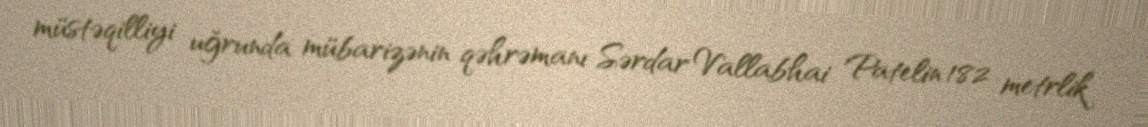
müstəqilliyi uğrunda mübarizənin qəhrəmanı Sərdar Vallabhai Patelin 182 metrlik